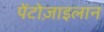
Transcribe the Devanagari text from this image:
पेंटोज़ाइलान